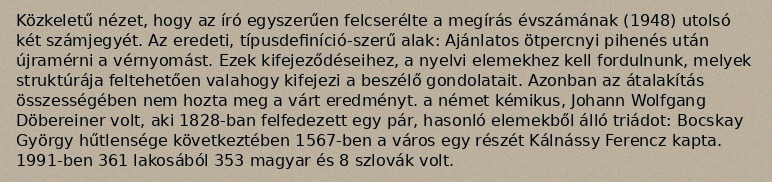
Közkeletű nézet, hogy az író egyszerűen felcserélte a megírás évszámának (1948) utolsó két számjegyét. Az eredeti, típusdefiníció-szerű alak: Ajánlatos ötpercnyi pihenés után újramérni a vérnyomást. Ezek kifejeződéseihez, a nyelvi elemekhez kell fordulnunk, melyek struktúrája feltehetően valahogy kifejezi a beszélő gondolatait. Azonban az átalakítás összességében nem hozta meg a várt eredményt. a német kémikus, Johann Wolfgang Döbereiner volt, aki 1828-ban felfedezett egy pár, hasonló elemekből álló triádot: Bocskay György hűtlensége következtében 1567-ben a város egy részét Kálnássy Ferencz kapta. 1991-ben 361 lakosából 353 magyar és 8 szlovák volt.